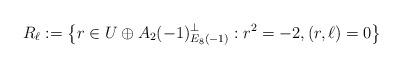
LaTeX: \begin{align*}R_\ell := \left\{r \in U \oplus A_2(-1)^\perp_{E_8(-1)} : r^2 = -2, (r,\ell) = 0\right\}\end{align*}